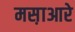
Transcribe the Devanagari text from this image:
मस़ाआरे